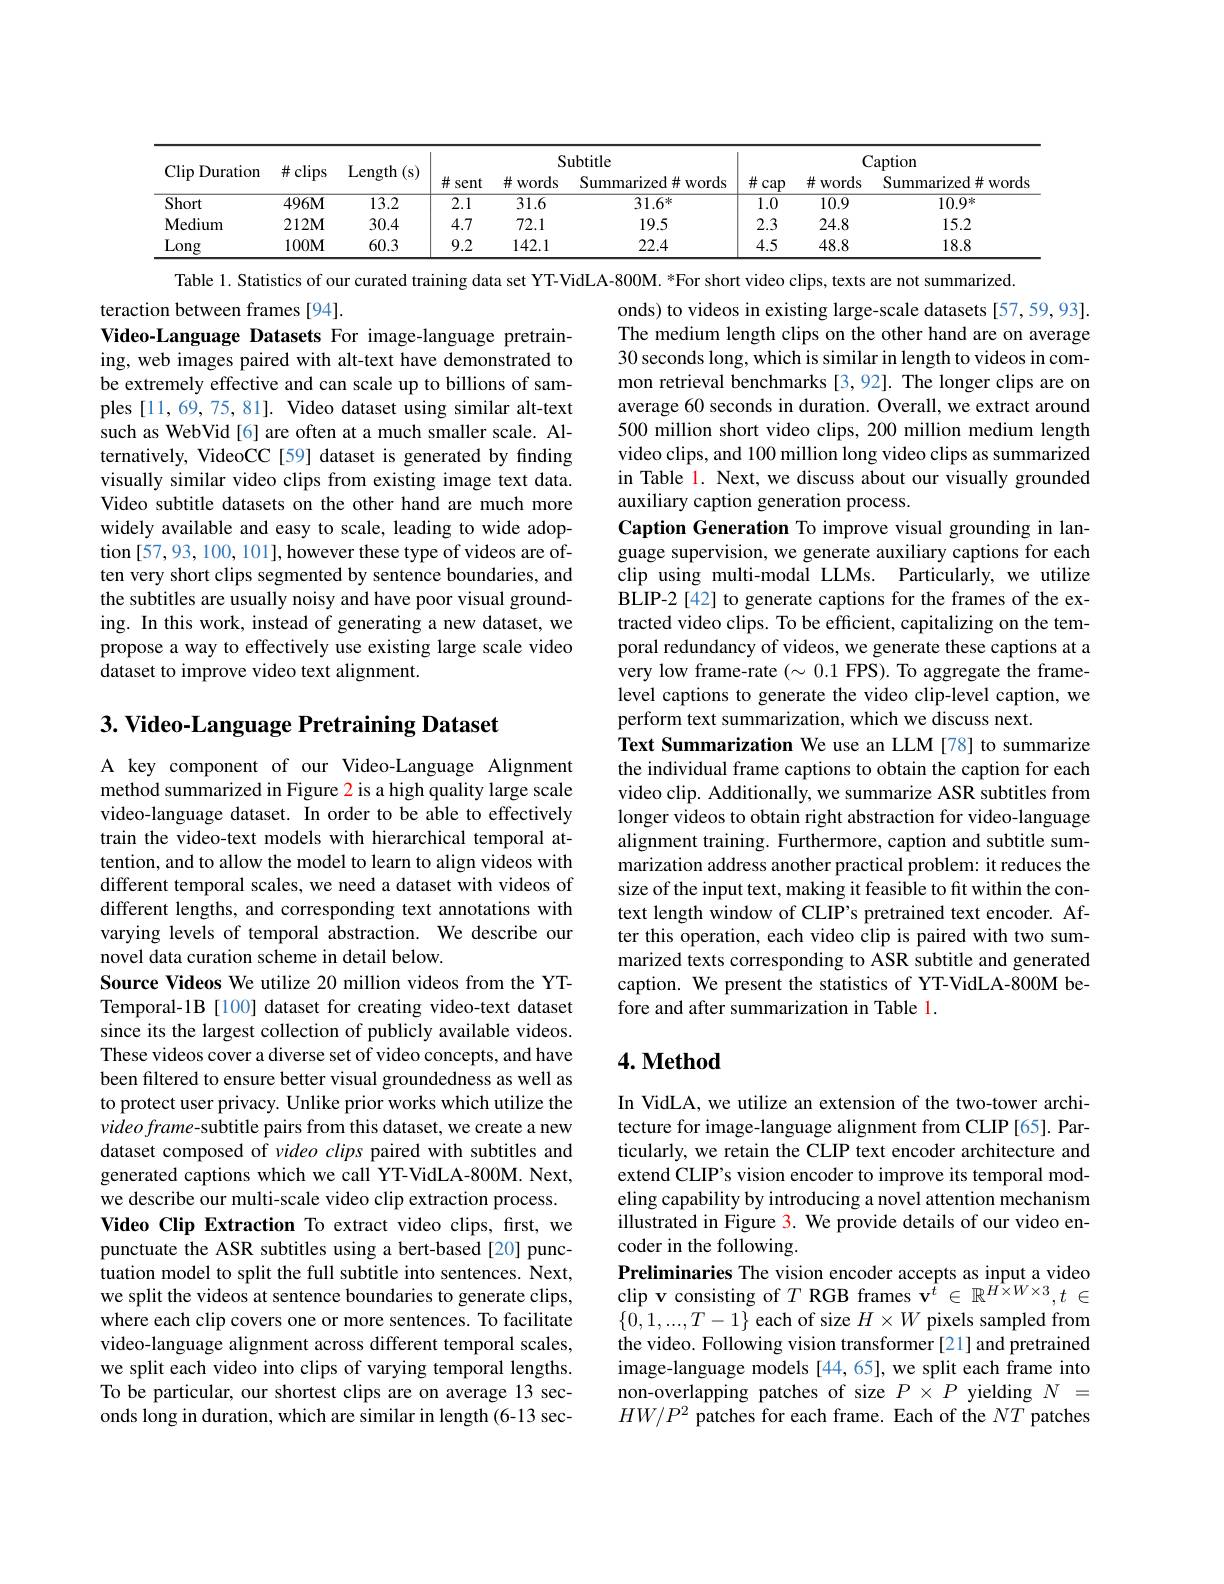
<table>
	<tbody>
		<tr>
			<th rowspan="2">$\operatorname{Clip}$ Duration</th>
			<th rowspan="2">$\#$clips</th>
			<th rowspan="2">Length ( s) </th>
			<th colspan="3">Subtitle</th>
			<th> </th>
			<th colspan="2">Caption</th>
		</tr>
		<tr>
			<th>#s sent</th>
			<th>井 words</th>
			<th>Summarized#words</th>
			<th>$\#$cap</th>
			<th>井 words</th>
			<th>Summarized#words</th>
		</tr>
		<tr>
			<td>Short</td>
			<td>$496M$</td>
			<td>13.2</td>
			<td>2.1</td>
			<td>31.6</td>
			<td>$31.6^{*}$</td>
			<td>$\overline{1.0}$</td>
			<td>10.9</td>
			<td>$10.9^{*}$</td>
		</tr>
		<tr>
			<td>$\mathbf{Medium}$</td>
			<td>$212\mathbf{M}$</td>
			<td>30.4</td>
			<td>4.7</td>
			<td>72.1</td>
			<td>19.5</td>
			<td>2.3</td>
			<td>24.8</td>
			<td>15.2</td>
		</tr>
		<tr>
			<td>Long</td>
			<td>$100M$</td>
			<td>60.3</td>
			<td>9.2</td>
			<td>142.1</td>
			<td>22.4</td>
			<td>4.5</td>
			<td>48.8</td>
			<td>18.8</td>
		</tr>
	</tbody>
</table>
Table 1. Statistics of our curated training data set YT-VidLA-800M. *For short video clips, texts are not summarized.

teraction between frames [94].
Video-Language Datasets For image-language pretraining, web images paired with alt-text have demonstrated to be extremely effective and can scale up to billions of samples [11,69,75,81]. Video dataset using similar alt-text such as WebVid[6] are often at a much smaller scale. Alternatively, VideoCC[59] dataset is generated by finding visually similar video clips from existing image text data. Video subtitle datasets on the other hand are much more widely available and easy to scale, leading to wide adoption [57,93, 100, 101], however these type of videos are often very short clips segmented by sentence boundaries, and the subtitles are usually noisy and have poor visual grounding. In this work, instead of generating a new dataset, we propose a way to effectively use existing large scale video dataset to improve video text alignment.

onds) to videos in existing large-scale datasets [57,59,93]. The medium length clips on the other hand are on average 30 seconds long, which is similar in length to videos in common retrieval benchmarks [3,92]. The longer clips are on average 60 seconds in duration. Overall, we extract around 500 million short video clips, 200 million medium length video clips, and 100 million long video clips as summarized in Table 1. Next, we discuss about our visually grounded auxiliary caption generation process.
Caption Generation To improve visual grounding in language supervision, we generate auxiliary captions for each clip using multi-modal LLMs. Particularly, we utilize BLIP-2 [42] to generate captions for the frames of the extracted video clips. To be efficient, capitalizing on the temporal redundancy of videos, we generate these captions at a very low frame-rate $(\sim0.1$ FPS). To aggregate the framelevel captions to generate the video clip-level caption, we perform text summarization, which we discuss next.
Text Summarization We use an LLM [78] to summarize the individual frame captions to obtain the caption for each video clip. Additionally, we summarize ASR subtitles from longer videos to obtain right abstraction for video-language alignment training. Furthermore, caption and subtitle summarization address another practical problem: it reduces the size of the input text, making it feasible to fit within the context length window of CLIP's pretrained text encoder. After this operation, each video clip is paired with two summarized texts corresponding to ASR subtitle and generated caption. We present the statistics of YT-VidLA-800M before and after summarization in Table 1.

3. Video-Language Pretraining Dataset

### $4. \textbf{Method}$

A key component of our Video-Language Alignment method summarized in Figure 2 is a high quality large scale video-language dataset. In order to be able to effectively train the video-text models with hierarchical temporal attention, and to allow the model to learn to align videos with different temporal scales, we need a dataset with videos of different lengths, and corresponding text annotations with varying levels of temporal abstraction. We describe our novel data curation scheme in detail below.
Source Videos We utilize 20 million videos from the YTTemporal-1B [100] dataset for creating video-text dataset since its the largest collection of publicly available videos. These videos cover a diverse set of video concepts, and have been filtered to ensure better visual groundedness as well as to protect user privacy. Unlike prior works which utilize the video frame- subtitle pairs from this dataset, we create a new dataset composed of video clips paired with subtitles and generated captions which we call YT-VidLA-800M. Next, we describe our multi-scale video clip extraction process. Video Clip Extraction To extract video clips, frst, we punctuate the ASR subtitles using a bert-based [20] punctuation model to split the full subtitle into sentences. Next, we split the videos at sentence boundaries to generate clips, where each clip covers one or more sentences. To facilitate video-language alignment across different temporal scales, we split each video into clips of varying temporal lengths. To be particular, our shortest clips are on average 13 seconds long in duration, which are similar in length (6-13 sec-

In VidLA, we utilize an extension of the two-tower architecture for image-language alignment from CLIP [65]. Particularly, we retain the CLIP text encoder architecture and extend CLIP's vision encoder to improve its temporal modeling capability by introducing a novel attention mechanism illustrated in Figure 3. We provide details of our video encoder in the following.
Preliminaries The vision encoder accepts as input a video clip v consisting of $T\text{RGB frames v}^t\in\mathbb{R}^{H\times W\times3},t\in$ $\{0,1,...,T-1\}$ each of size $H\times W$ pixels sampled from the video. Following vision transformer [21] and pretrained image-language models [44,65], we split each frame into non-overlapping patches of size $P\times P$ yielding $N=$ $HW/P^{2}$ patches for each frame. Each of the $NT$ patches